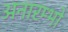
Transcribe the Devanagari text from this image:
अनारम्भो